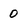
Character: 0